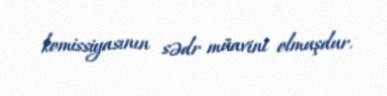
komissiyasının sədr müavini olmuşdur.